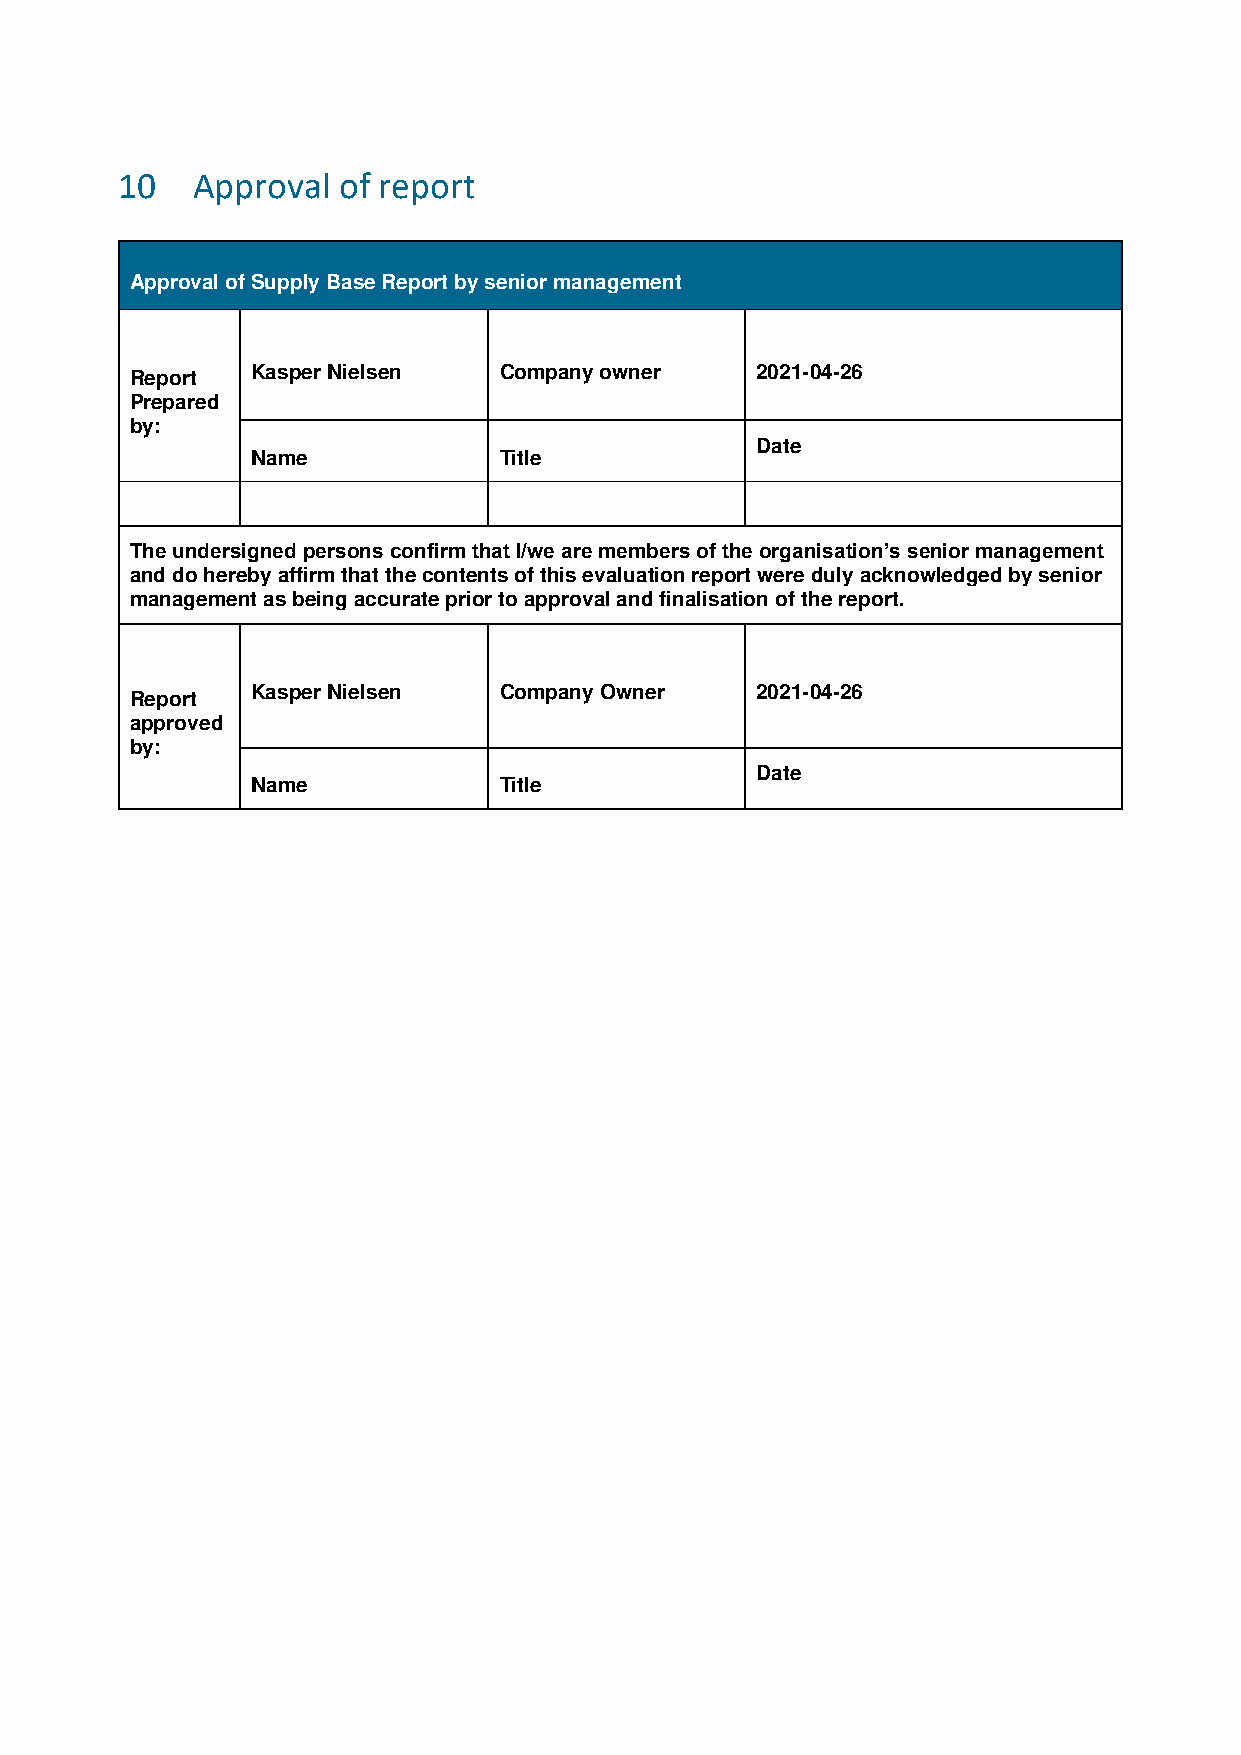
10   Approval of report
 Approval of Supply Base Report by senior management
 Kasper Nielsen  Company owner    2021-04-26
 Report
 Prepared
 by:
 Date
 Name            Title
 The undersigned persons confirm that I/we are members of the organisation’s senior management
 and do hereby affirm that the contents of this evaluation report were duly acknowledged by senior
 management as being accurate prior to approval and finalisation of the report.
 Kasper Nielsen  Company Owner    2021-04-26
 Report
 approved
 by:
 Date
 Name            Title